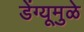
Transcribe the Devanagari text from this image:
डेंग्यूमुळे